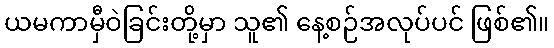
ယမကာမှီဝဲခြင်းတို့မှာ သူ၏ နေ့စဉ်အလုပ်ပင် ဖြစ်၏။